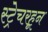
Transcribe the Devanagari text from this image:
स्ट्रेचरहून